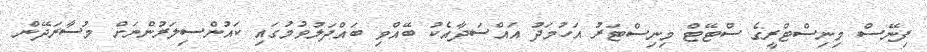
ފިނޭސް މިނިސްޓްރީގެ ސްޓޭޓް މިނިސްޓަރު އަހުމަދު އައްސަދާއެކު ބޭއްވި ބައްދަލުވުމުގައި ކައުންސިލަރުންނަށް މުސާރަދޭން